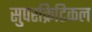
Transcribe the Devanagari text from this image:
सुपरक्रिटिकल